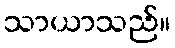
သာယာသည်။